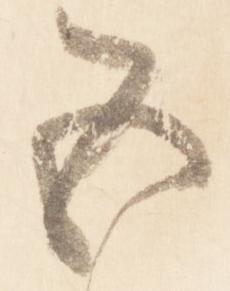
五